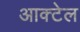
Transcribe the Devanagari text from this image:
आक्टेल